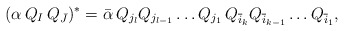
\begin{align*}(\alpha\,Q_I\,Q_{\bar J})^{*}= {\bar \alpha}\,Q_{j_{l}}Q_{j_{l-1}}\ldots Q_{j_{1}}\, Q_{{\overline i_{k}}}Q_{{\overline i_{k-1}}}\ldots Q_{{\overline i_{1}}},\end{align*}